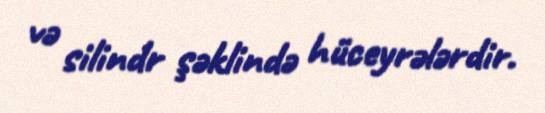
və silindr şəklində hüceyrələrdir.